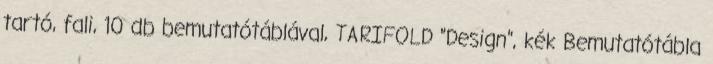
tartó, fali, 10 db bemutatótáblával, TARIFOLD "Design", kék Bemutatótábla